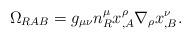
LaTeX: \begin{align*}\Omega_{RAB} = g_{\mu\nu}n^\mu_R x^\rho_{,A}\nabla_\rho x^\nu_{,B}.\end{align*}